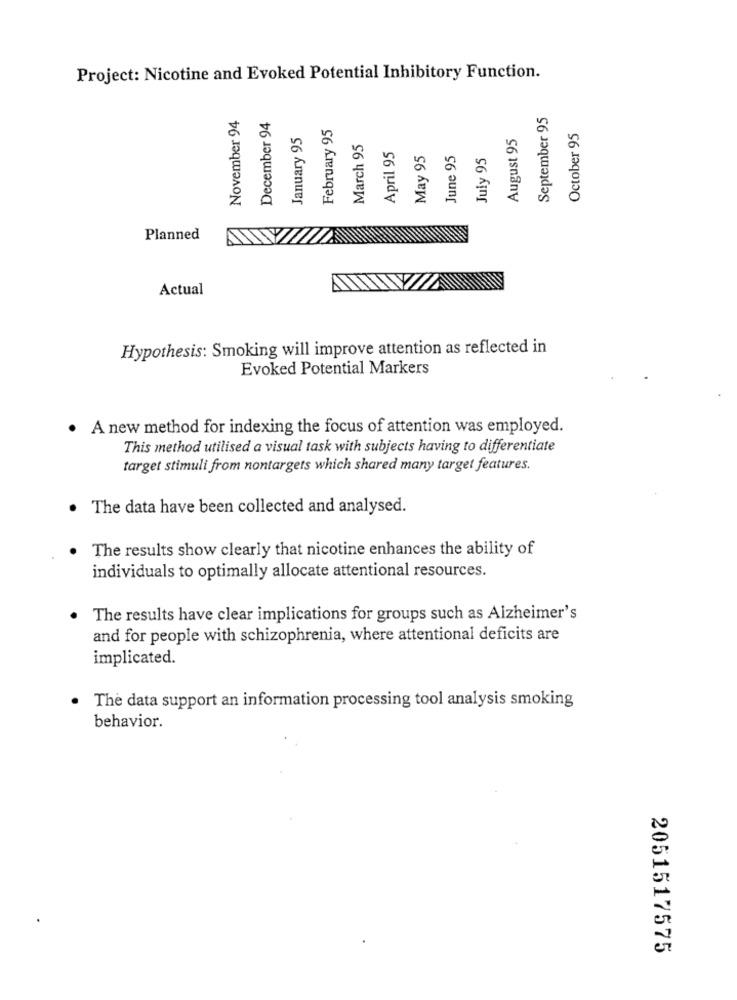
Project: Nicotine and Evoked Potential Inhibitory Function.
September 95
November 94
December 94
February 95
January 95
August 95
October 95
March 95
April 95
May 95
June 95
July 95
Planned
Actual
Hypothesis: Smoking will improve attention as reflected in
Evoked Potential Markers
. A new method for indexing the focus of attention was employed.
This method utilised a visual task with subjects having to differentiate
target stimuli from nontargets which shared many target features.
. The data have been collected and analysed.
The results show clearly that nicotine enhances the ability of
individuals to optimally allocate attentional resources.
The results have clear implications for groups such as Alzheimer's
and for people with schizophrenia, where attentional deficits are
implicated.
The data support an information processing tool analysis smoking
behavior.
2051517575